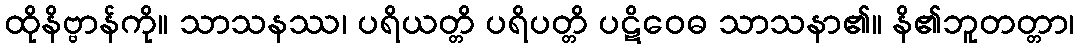
ထိုနိဗ္ဗာန်ကို။ သာသနဿ၊ ပရိယတ္တိ ပရိပတ္တိ ပဋိဝေဓ သာသနာ၏။ နိ၏ဘူတတ္တာ၊